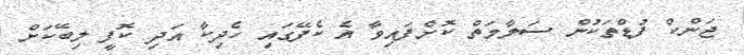
ޖަންކް ފުޑްތަކުން ސަލާމަތް ކޮށްފައިވާ އެ ކެފޭގައި ހެދިކާ އަދި ކޮފީ ލިބޭކަށް